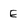
Character: E